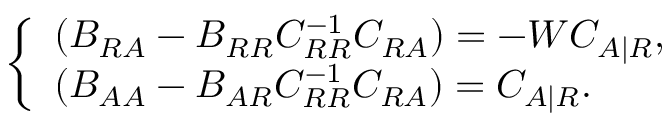
\begin{array} { r } { \left\{ \begin{array} { l l } { ( B _ { R A } - B _ { R R } C _ { R R } ^ { - 1 } C _ { R A } ) = - W C _ { A | R } , } \\ { ( B _ { A A } - B _ { A R } C _ { R R } ^ { - 1 } C _ { R A } ) = C _ { A | R } . } \end{array} \right. } \end{array}